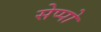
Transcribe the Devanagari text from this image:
सेप्पो